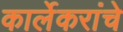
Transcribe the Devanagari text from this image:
कार्लेकरांचे